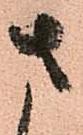
さ